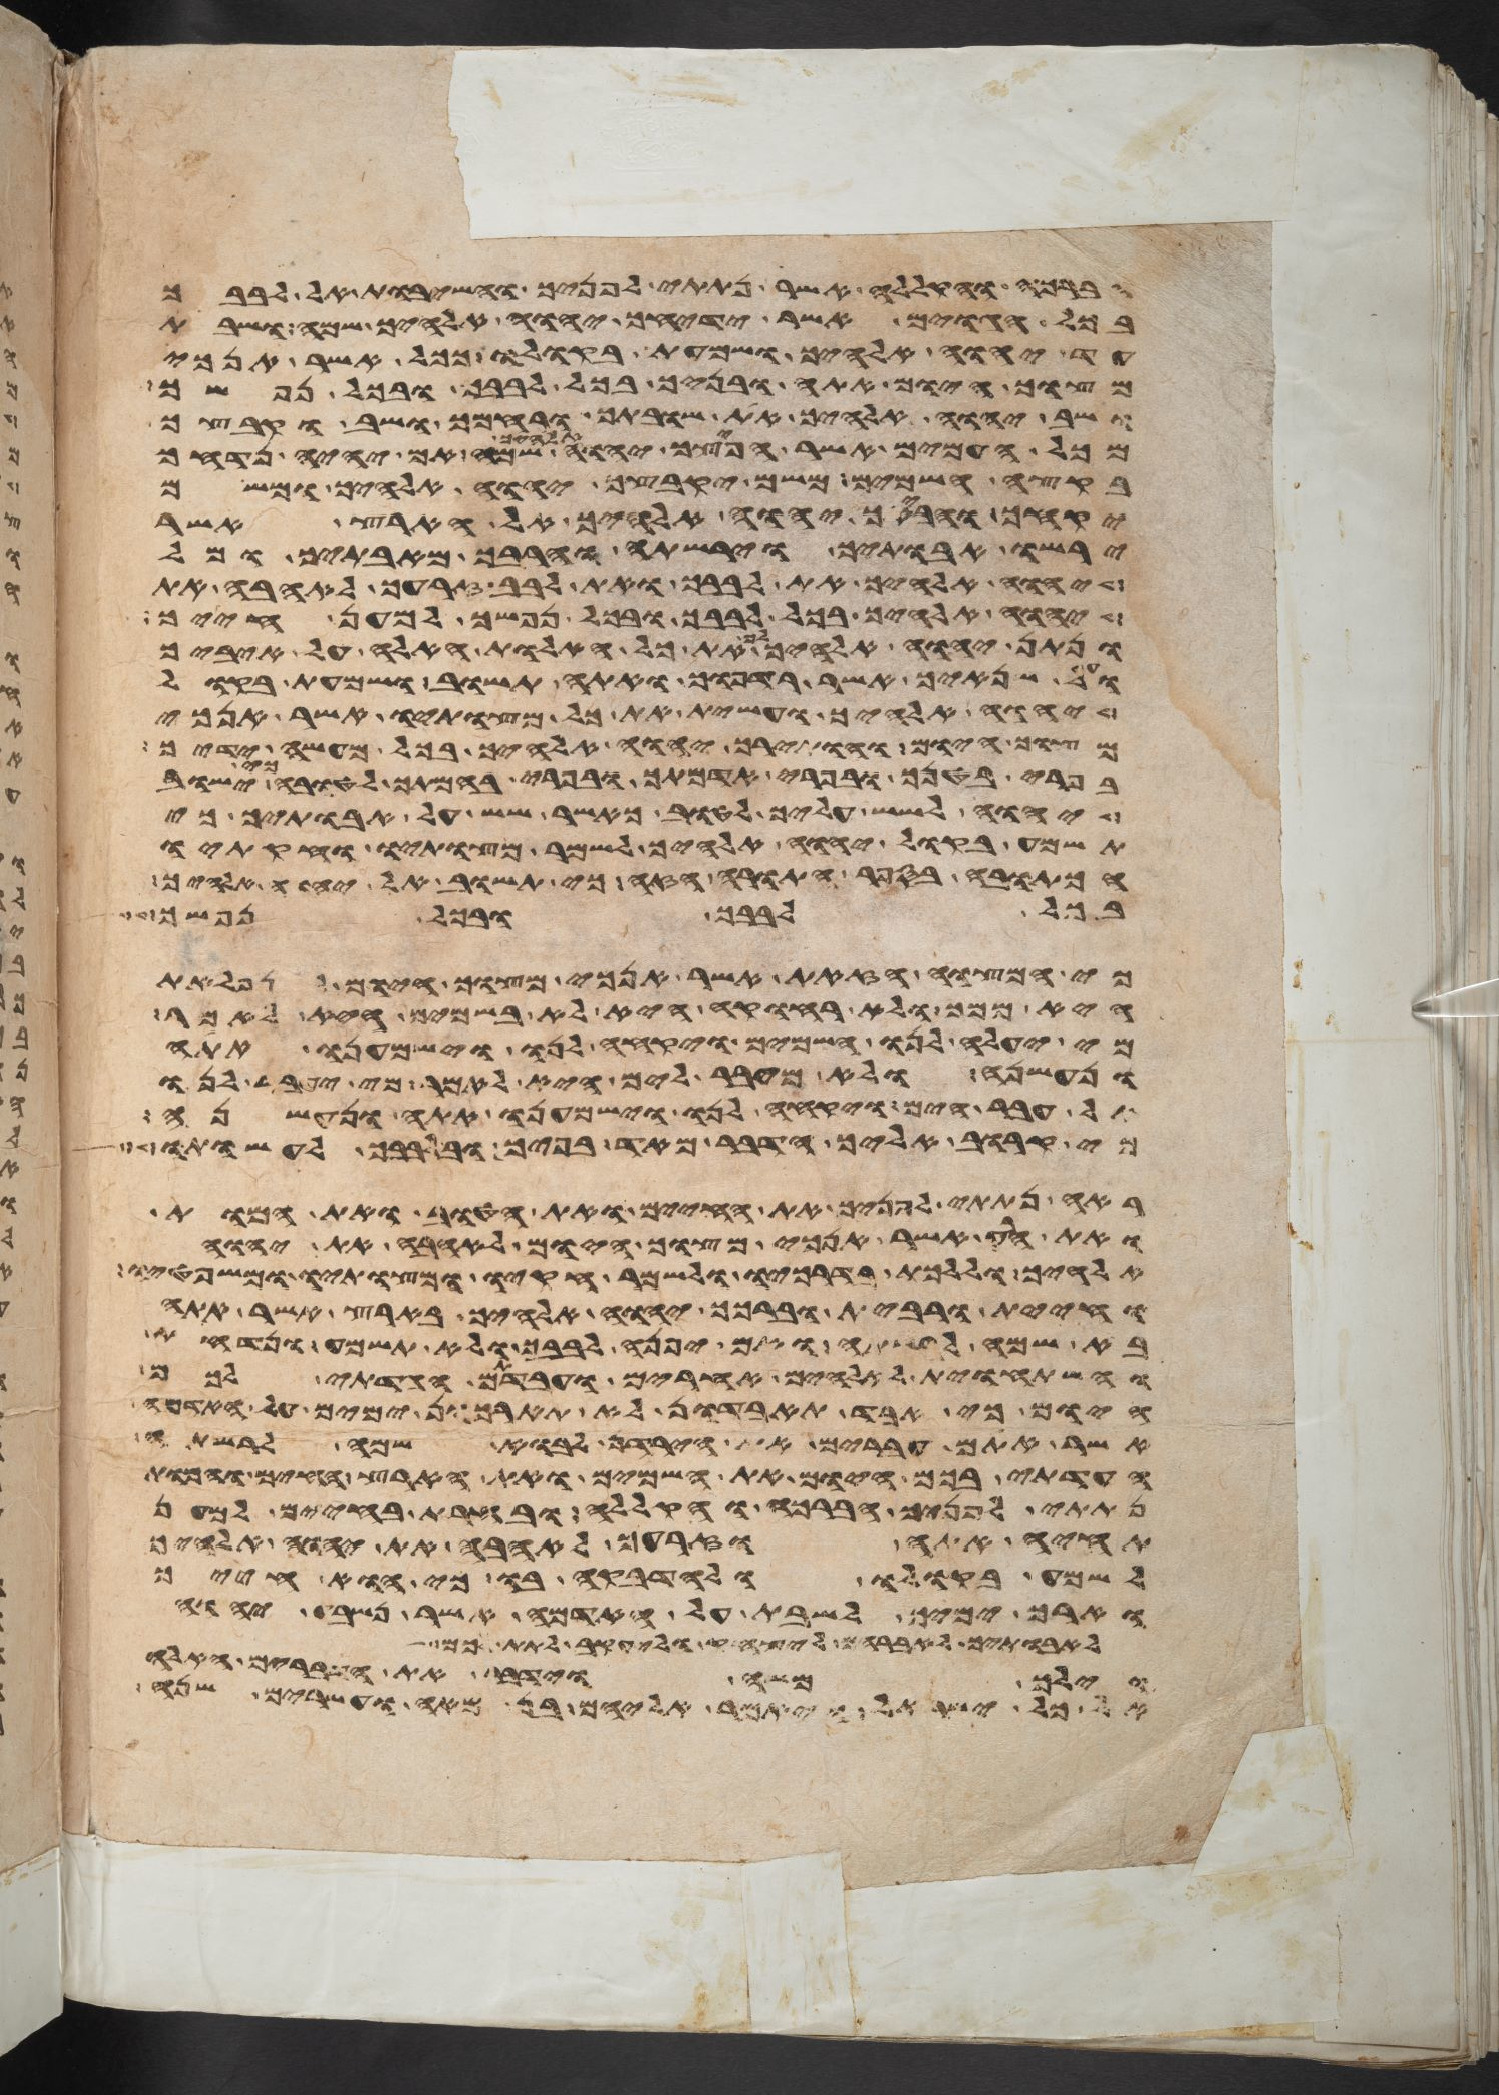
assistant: הברכה והקללה אשר נתתי לפניך והשבות אל לבבך
בכל הגוים אשר ידיחך יהוה אלהיך שמה ושבת
עד יהוה אלהיך ושמעת בקולו ככל אשר אנכי
מצוך היום אתה ובניך בכל לבבך ובכל נפשך
ושב יהוה אלהיך את שובתך ורחמך ושב וקבצך
מכל העמים אשר הפיצך יהוה אלהיך שם אם יהיה נדחך
בקצה השמים משם יקבצך יהוה אלהיך ומשם
יקחך והביאך יהוה אלהיך אל הארץ אשר
ירשו אבתיך וירשתה והרבך מאבתיך ומל
יהוה אלהיך את לבבך ואת לבב זרעך לאהבה את
יהוה אלהיך בכל לבבך ובכל נפשך למען חייך
ונתן יהוה אלהיך את כל האלות האלה על איביך
ועל שנאיך אשר רדפוך ואתה תשוב ושמעת בקול
יהוה אלהיך ועשית את כל מצותיו אשר אנכי
מצוך היום והותירך יהוה אלהיך בכל מעשה ידיך
בפרי בטנך ובפרי אדמתך ובפרי בהמתך לטובה כי ישוב
יהוה לשש עליך לטוב כאשר שש על אבתיך כי
תשמע בקול יהוה אלהיך לשמר מצותיו וחקתיו
הכתובה בספר התורה הזה כי תשוב אל יהוה אלהיך
בכל לבבך ובכל נפשך
כי המצוה הזאת אשר אנכי מצוך היום לא נפלאת
היא ממך ולא רחוקה היא לא בשמים היא לאמר
מי יעלה לנו השמים ויקחה לנו וישמענו אתה
ונעשנה ולא מעבר לים היא לאמר מי יעבר לנו
עבר הים ויקחה לנו וישמענו אתה ונעשנה
כי קרוב אליך הדבר מאד בפיך ובלבבך לעשותו
ראה נתתי לפניך את החיים ואת הטוב ואת המות
ואת הרע אשר אנכי מצוך היום לאהבה את יהוה
אלהיך וללכת בדרכיו ולשמר חקיו ומצותיו ומשפטיו
וחיית ורבית וברכך יהוה אלהיך בארץ אשר אתה
בא שמה לרשתה ואם יפנה לבבך ולא תשמע ונדחת
והשתחוית לאלהים אחרים ועבדתם הגדתי לכם
היום כי אבד תאבדון לא תאריכון ימים על האדמה
אשר אתם עברים את הירדן לבוא שמה לרשתה
העדתי בכם היום את השמים ואת הארץ החיים והמות
נתתי לפניך הברכה והקללה ובחרת בחיים למען
תחיה אתה וזרעך לאהבה את יהוה אלהיך
ולשמע בקולו ולהדבקה בו כי הוא חייך
וארך ימיך לשבת על האדמה אשר נשבע יהוה
לאבתיך לאברהם ליצחק וליעקב לתת לכם
וילך משה וידבר את הדברים האלה
כל ישראל ויאמר אליהם בן מאה ועשרים שנה